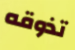
تذوقه